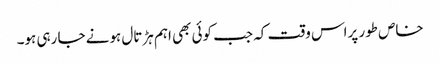
خاص طور پراس وقت کہ جب کوئی بھی اہم ہڑتال ہونے جا رہی ہو۔